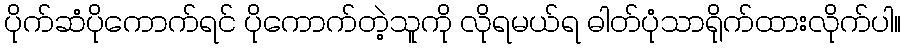
ပိုက်ဆံပိုကောက်ရင် ပိုကောက်တဲ့သူကို လိုရမယ်ရ ဓါတ်ပုံသာရိုက်ထားလိုက်ပါ။